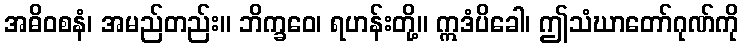
အဓိဝစနံ၊ အမည်တည်း။ ဘိက္ခဝေ၊ ရဟန်းတို့။ ဣဒံပိခေါ၊ ဤသံဃာတော်ဂုဏ်ကို